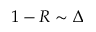
1 - R \sim \Delta